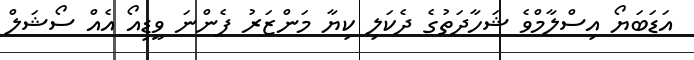
އަޑަބަޔޯ އިސްލާމްވެ ޝަހާދަތުގެ ދެކަލި ކިޔާ މަންޒަރު ފެންނަ ވީޑިއޯ އެއް ސޯޝަލް